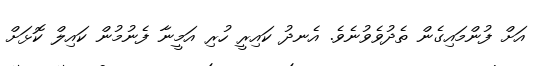
އަށް ފުންމައިގެން ތެދުވެވުނެވެ. އެނދު ކައިރީ ހުރި އަމީނާ ފެނުމުން ކައިލް ކޮޅަށް